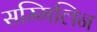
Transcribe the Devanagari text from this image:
सम्मिलिन